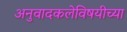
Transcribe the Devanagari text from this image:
अनुवादकलेविषयीच्या